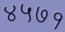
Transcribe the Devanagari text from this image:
४५७१